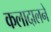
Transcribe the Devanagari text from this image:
कलादालने